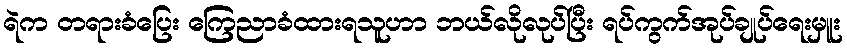
ရဲက တရားခံပြေး ကြေညာခံထားရသူဟာ ဘယ်လိုလုပ်ပြီး ရပ်ကွက်အုပ်ချုပ်ရေးမှူး